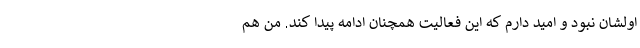
اولشان نبود و امید دارم که این فعالیت همچنان ادامه پیدا کند. من هم